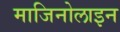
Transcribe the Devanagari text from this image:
माजिनोलाइन